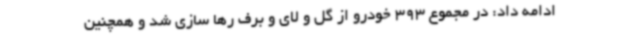
ادامه داد: در مجموع 393 خودرو از گل و لای و برف رها سازی شد و همچنین